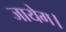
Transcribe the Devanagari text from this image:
जायेग।